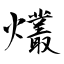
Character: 爜